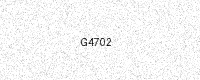
Text: G4702